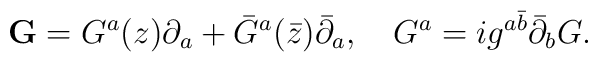
{\bf G}=G^a(z)\partial_a+{\bar G}^a({\bar z}){\bar\partial}_a,\quadG^a=ig^{a\bar b}{\bar \partial}_b G.